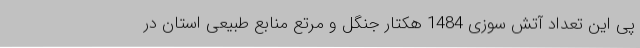
پی این تعداد آتش سوزی 1484 هکتار جنگل و مرتع منابع طبیعی استان در